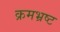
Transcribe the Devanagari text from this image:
क्रमभ्रष्ट